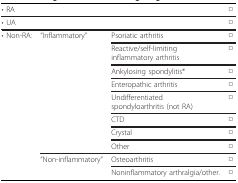
| • RA |  |  | □ |
 | --- | --- | --- | --- |
 | • UA |  |  | □ |
 | • Non-RA: | "Inflammatory" | Psoriatic arthritis | □ |
 |  |  | Reactive/self-limiting inflammatory arthritis | □ |
 |  |  | Ankylosing spondylitis* | □ |
 |  |  | Enteropathic arthritis | □ |
 |  |  | Undifferentiated spondyloarthritis (not RA) | □ |
 |  |  | CTD | □ |
 |  |  | Crystal | □ |
 |  |  | Other | □ |
 |  | "Non-inflammatory" | Osteoarthritis | □ |
 |  |  | Noninflammatory arthralgia/other. | □ |